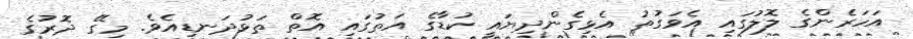
އަހަރެންގެ ލޮލުގައި އެވަގުތު އެޅިގެންދިޔައީ ކުޑާގެ އަތުގައި އޮތް ތަޅުދަނޑިއެވެ. މިގޭ ދޮރުގެ